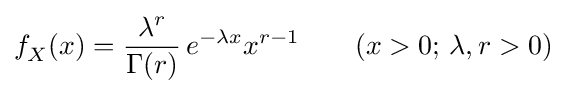
f_{X}^{}(x)={\frac {\lambda ^{r}}{\Gamma (r)}}\,e^{-\lambda x}x^{r-1}~~~~~~(x>0;\,\lambda ,r>0)